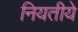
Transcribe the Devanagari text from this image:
नियतीये